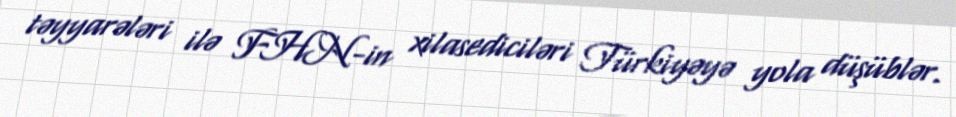
təyyarələri ilə FHN-in xilasediciləri Türkiyəyə yola düşüblər.